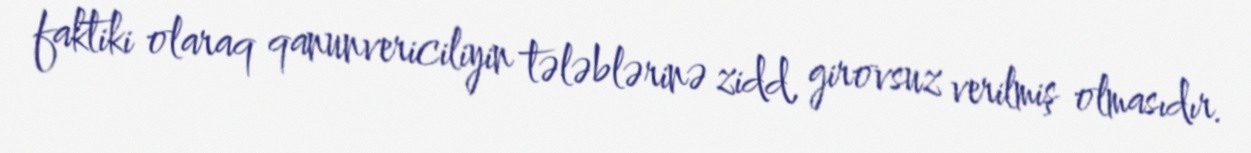
faktiki olaraq qanunvericiliyin tələblərinə zidd, girovsuz verilmiş olmasıdır.